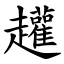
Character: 䟒